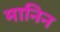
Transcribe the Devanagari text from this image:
मानिन